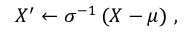
X ^ { \prime } \leftarrow \sigma ^ { - 1 } \, ( X - \mu ) ~ ,